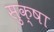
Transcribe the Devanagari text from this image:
सुक्षा